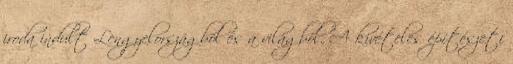
iroda indult Lengyelországból és a világból. A kivételes építészeti